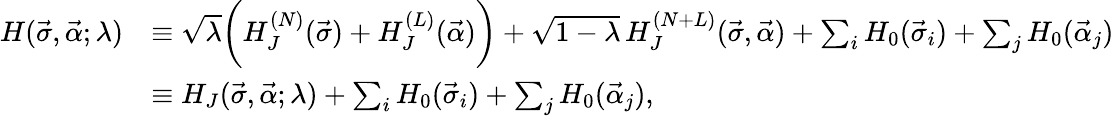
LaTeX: \begin{array}{rl}{H(\vec{\sigma},\vec{\alpha};\lambda)}&{\equiv\sqrt{\lambda}\bigg(H_{J}^{(N)}(\vec{\sigma})+H_{J}^{(L)}(\vec{\alpha})\bigg)+\sqrt{1-\lambda}\, H_{J}^{(N+L)}(\vec{\sigma},\vec{\alpha})+\sum_{i}H_{0}(\vec{\sigma}_{i})+\sum_{j}H_{0}(\vec{\alpha}_{j})}\\ &{\equiv H_{J}(\vec{\sigma},\vec{\alpha};\lambda)+\sum_{i}H_{0}(\vec{\sigma}_{i})+\sum_{j}H_{0}(\vec{\alpha}_{j}),}\end{array}